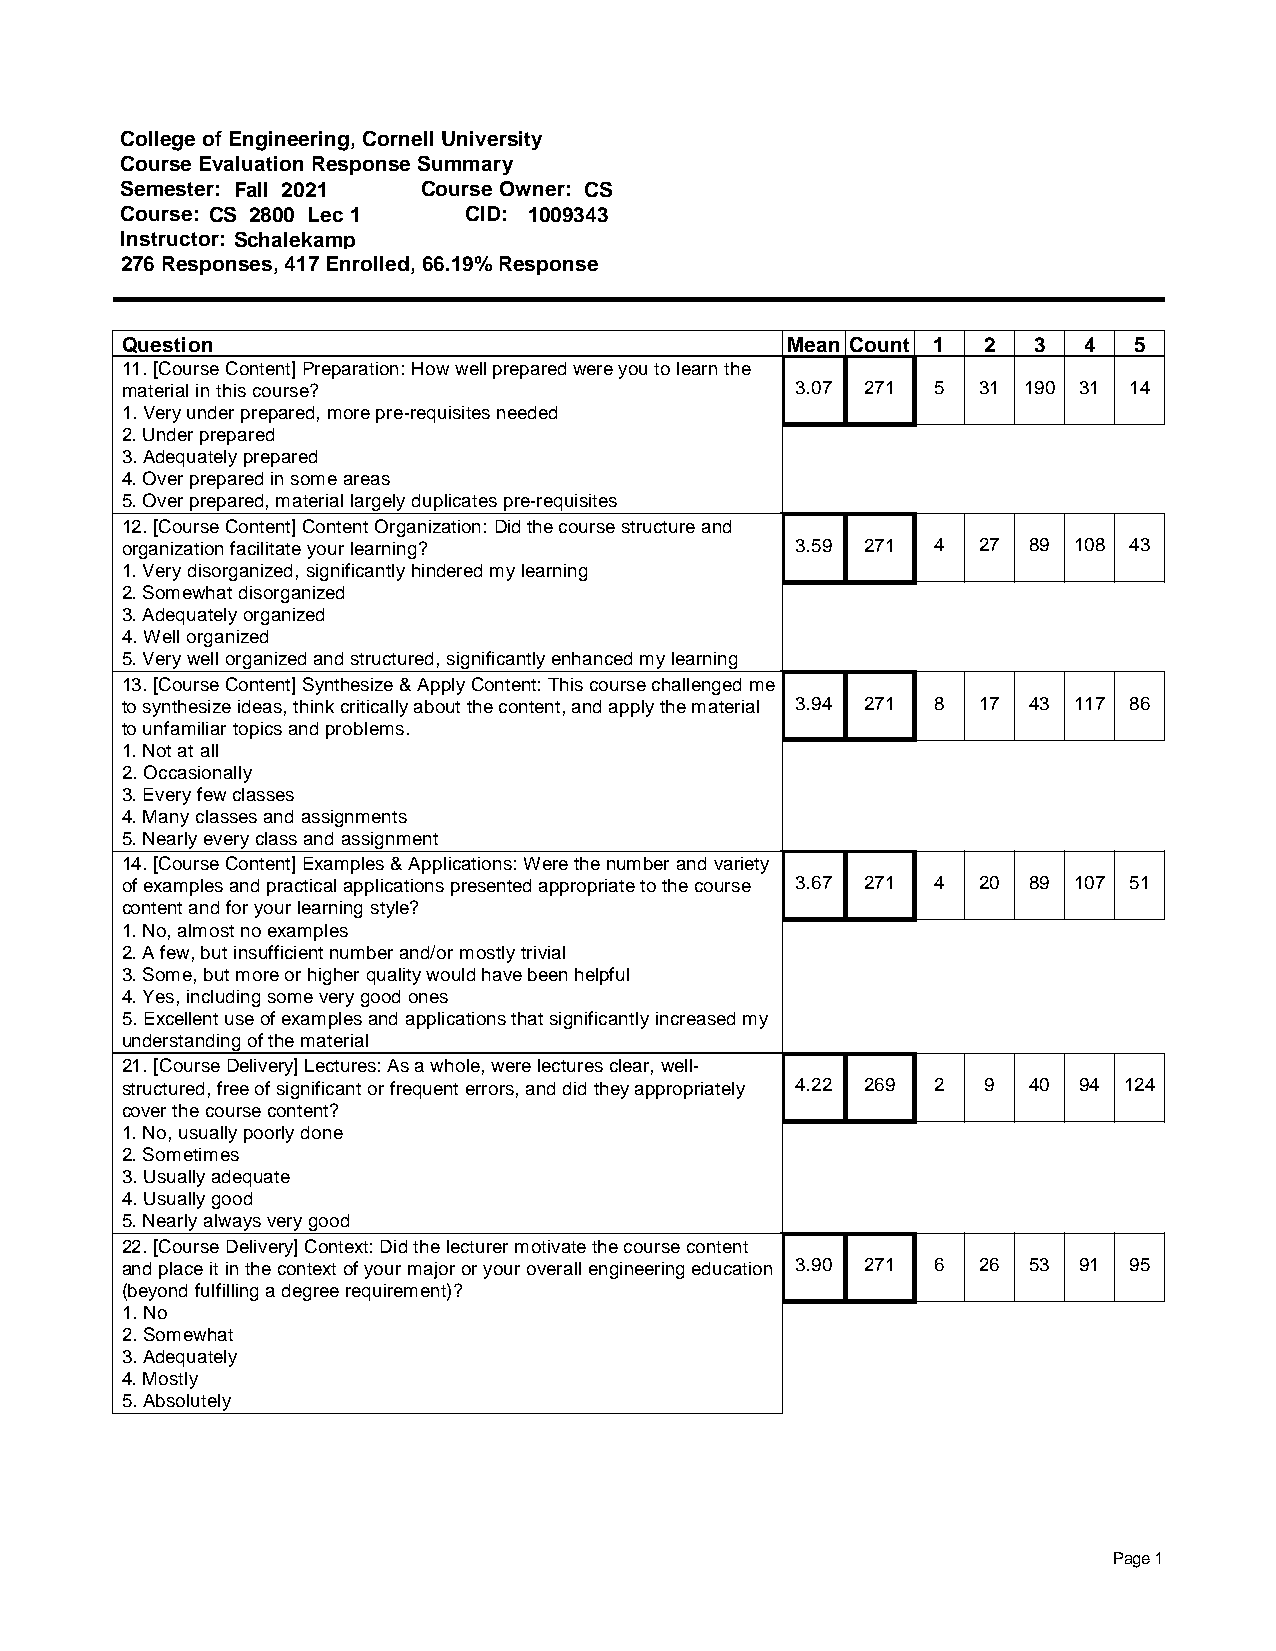
College of Engineering, Cornell University
 Course Evaluation Response Summary
 Semester: Fall 2021 Course Owner: CS
 Course: CS 2800 Lec 1  CID: 1009343
 Instructor: Schalekamp
 276 Responses, 417 Enrolled, 66.19% Response
 Question                                    Mean Count 1 2  3   4  5
 11. [Course Content] Preparation: How well prepared were you to learn the
 material in this course?                     3.07 271 5  31 190 31 14
 1. Very under prepared, more pre-requisites needed
 2. Under prepared
 3. Adequately prepared
 4. Over prepared in some areas
 5. Over prepared, material largely duplicates pre-requisites
 12. [Course Content] Content Organization: Did the course structure and
 organization facilitate your learning?       3.59 271 4  27 89 108 43
 1. Very disorganized, significantly hindered my learning
 2. Somewhat disorganized
 3. Adequately organized
 4. Well organized
 5. Very well organized and structured, significantly enhanced my learning
 13. [Course Content] Synthesize & Apply Content: This course challenged me
 to synthesize ideas, think critically about the content, and apply the material 3.94 271 8 17 43 117 86
 to unfamiliar topics and problems.
 1. Not at all
 2. Occasionally
 3. Every few classes
 4. Many classes and assignments
 5. Nearly every class and assignment
 14. [Course Content] Examples & Applications: Were the number and variety
 of examples and practical applications presented appropriate to the course 3.67 271 4 20 89 107 51
 content and for your learning style?
 1. No, almost no examples
 2. A few, but insufficient number and/or mostly trivial
 3. Some, but more or higher quality would have been helpful
 4. Yes, including some very good ones
 5. Excellent use of examples and applications that significantly increased my
 understanding of the material
 21. [Course Delivery] Lectures: As a whole, were lectures clear, well-
 structured, free of significant or frequent errors, and did they appropriately 4.22 269 2 9 40 94 124
 cover the course content?
 1. No, usually poorly done
 2. Sometimes
 3. Usually adequate
 4. Usually good
 5. Nearly always very good
 22. [Course Delivery] Context: Did the lecturer motivate the course content
 and place it in the context of your major or your overall engineering education 3.90 271 6 26 53 91 95
 (beyond fulfilling a degree requirement)?
 1. No
 2. Somewhat
 3. Adequately
 4. Mostly
 5. Absolutely
 Page 1